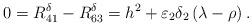
LaTeX: \begin{align*} 0=R_{41}^\delta-R_{63}^\delta=h^2+\varepsilon_2\delta_2\left(\lambda-\rho\right).\end{align*}